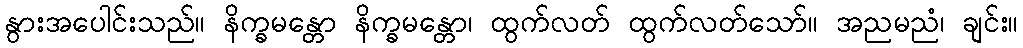
နွားအပေါင်းသည်။ နိက္ခမန္တော နိက္ခမန္တော၊ ထွက်လတ် ထွက်လတ်သော်။ အညမညံ၊ ချင်း။